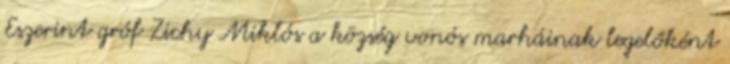
Eszerint gróf Zichy Miklós a község vonós marháinak legelőként